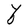
Character: Y